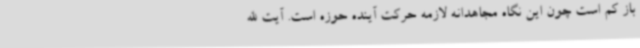
باز کم است چون این نگاه مجاهدانه لازمه حرکت آینده حوزه است. آیت الله